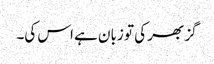
گز بھر کی تو زبان ہے اس کی۔